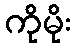
ကိုမိုး